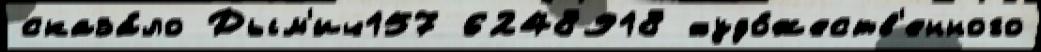
сказа́ло Дым'ич157 6248918 худо́жеств'енного